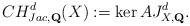
LaTeX: \begin{align*}CH_{Jac,{\bf Q}}^d(X):={\rm ker}\,AJ_{X,{\bf Q}}^d.\end{align*}